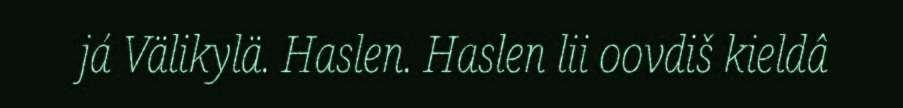
já Välikylä. Haslen. Haslen lii oovdiš kieldâ